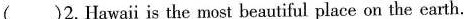
( )2.Hawai is the most beautiful place on the earth.